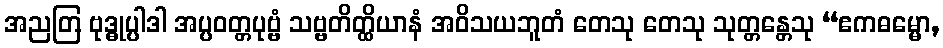
အညတြ ဗုဒ္ဓုပ္ပါဒါ အပ္ပဝတ္တပုဗ္ဗံ သဗ္ဗတိတ္ထိယာနံ အဝိသယဘူတံ တေသု တေသု သုတ္တန္တေသု “ဧကဓမ္မော,